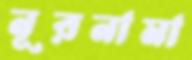
নূরনামা